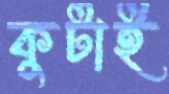
কুটাই